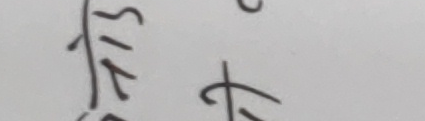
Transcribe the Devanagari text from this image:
७/१३ एट